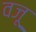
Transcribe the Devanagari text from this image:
वजू